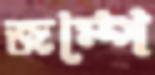
জম্পে